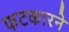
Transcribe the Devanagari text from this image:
फटकारने